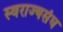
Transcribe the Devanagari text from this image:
स्वराज्यसंघ